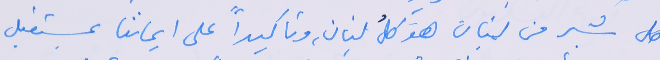
كل شبر من لبنان هو كلُ لبنان، وتاكيداً على ايماننا بمستقبل